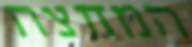
המחצה